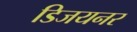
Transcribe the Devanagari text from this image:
डिजयनर